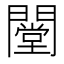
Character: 闛